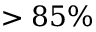
> 8 5 \%